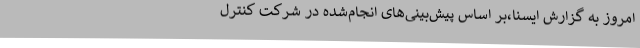
امروز به گزارش ایسنا،بر اساس پیش‌بینی‌های انجام‌شده در شرکت کنترل